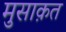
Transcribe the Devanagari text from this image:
मुसाक़त